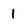
Character: 1